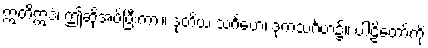
ဣတိဣဒံ၊ ဤဆိုအပ်ပြီးကား။ ဒုတိယ သင်္ဂဟေ၊ ဒုကသင်္ဂဟ၌။ ပါဠိတော်ကို